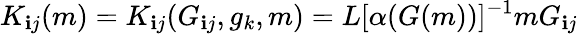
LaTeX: K_{\mathbf{i}j}(m)=K_{\mathbf{i}j}(G_{\mathbf{i}j},g_{k},m)=L[\alpha(G(m))]^{-1}mG_{\mathbf{i}j}